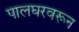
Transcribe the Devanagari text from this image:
पालघरवरून